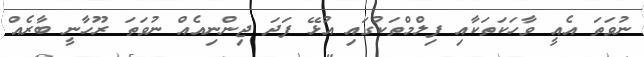
ނުވަތަ އެއީ ވާހަކަތަކާއި ފިލްމްތަކުގައި އުޅޭ ފަދަ ޖިންނިއެއް ނުވަތަ ރޫހާނީ ބާރެއް